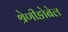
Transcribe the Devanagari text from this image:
श्रेणीङोबेल